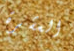
العشرة